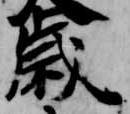
歳